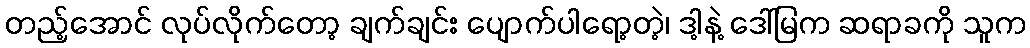
တည့်အောင် လုပ်လိုက်တော့ ချက်ချင်း ပျောက်ပါရော့တဲ့၊ ဒါ့နဲ့ ဒေါ်မြက ဆရာခကို သူက